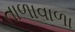
તાળાવાળા